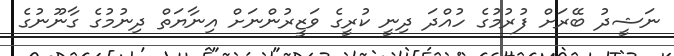
ނަޝީދު ބޭރަށް ފުރުމުގެ ހުއްދަ ދިނީ ކުރީގެ ވަޒީރުންނަށް އިނާޔަތް ދިނުމުގެ ގާނޫނުގެ